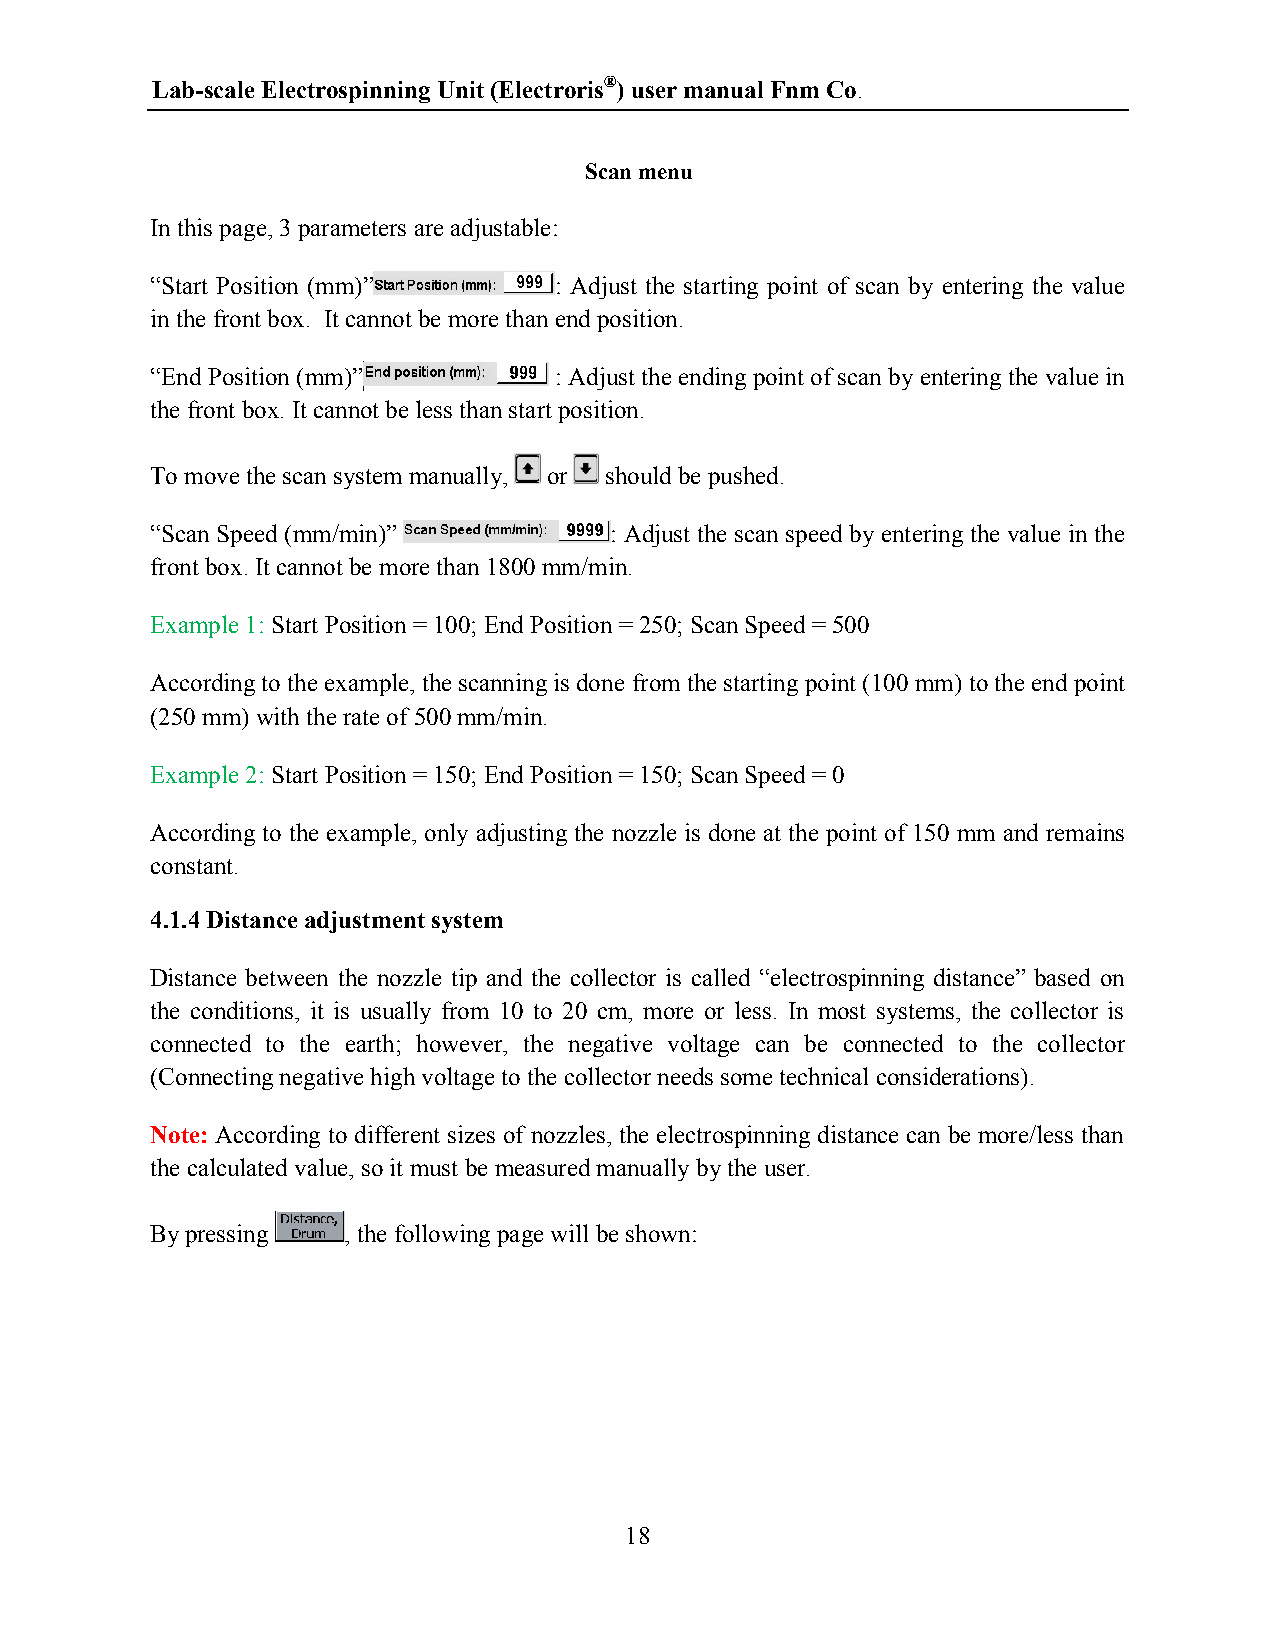
Lab-scale Electrospinning Unit (Electroris®) user manual Fnm Co.
 Scan menu
 In this page, 3 parameters are adjustable:
 “Start Position (mm)”      : Adjust the starting point of scan by entering the value
 in the front box. It cannot be more than end position.
 “End Position (mm)”        : Adjust the ending point of scan by entering the value in
 the front box. It cannot be less than start position.
 To move the scan system manually, or should be pushed.
 “Scan Speed (mm/min)”         : Adjust the scan speed by entering the value in the
 front box. It cannot be more than 1800 mm/min.
 Example 1: Start Position = 100; End Position = 250; Scan Speed = 500
 According to the example, the scanning is done from the starting point (100 mm) to the end point
 (250 mm) with the rate of 500 mm/min.
 Example 2: Start Position = 150; End Position = 150; Scan Speed = 0
 According to the example, only adjusting the nozzle is done at the point of 150 mm and remains
 constant.
 4.1.4 Distance adjustment system
 Distance between the nozzle tip and the collector is called “electrospinning distance” based on
 the conditions, it is usually from 10 to 20 cm, more or less. In most systems, the collector is
 connected to the earth; however, the negative voltage can be connected to the collector
 (Connecting negative high voltage to the collector needs some technical considerations).
 Note: According to different sizes of nozzles, the electrospinning distance can be more/less than
 the calculated value, so it must be measured manually by the user.
 By pressing  , the following page will be shown:
 18